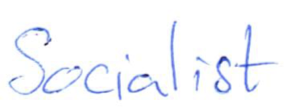
Text: Socialist
Cross-out: clean
Writing tool: ballpoint